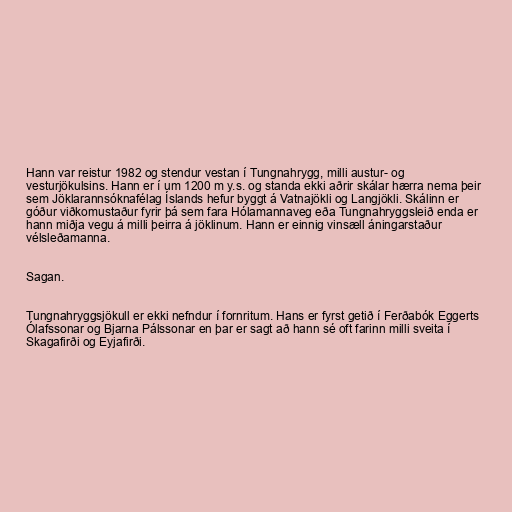
Hann var reistur 1982 og stendur vestan í Tungnahrygg, milli austur- og
vesturjökulsins. Hann er í um 1200 m y.s. og standa ekki aðrir skálar hærra nema þeir
sem Jöklarannsóknafélag Íslands hefur byggt á Vatnajökli og Langjökli. Skálinn er
góður viðkomustaður fyrir þá sem fara Hólamannaveg eða Tungnahryggsleið enda er
hann miðja vegu á milli þeirra á jöklinum. Hann er einnig vinsæll áningarstaður
vélsleðamanna.

Sagan.

Tungnahryggsjökull er ekki nefndur í fornritum. Hans er fyrst getið í Ferðabók Eggerts
Ólafssonar og Bjarna Pálssonar en þar er sagt að hann sé oft farinn milli sveita í
Skagafirði og Eyjafirði.